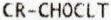
CR-CHOCLT